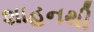
શાહનથી